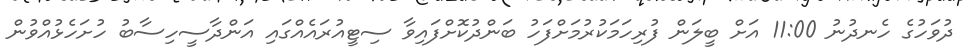
ދުވަހުގެ ހެނދުނު 11:00 އަށް ބީލަން ފުރިހަމަކުރުމަށްފަހު ބަންދުކޮށްފައިވާ ސިޓީއުރައެއްގައި އަންދާސީހިސާބު ހުށަހެޅުއްވުން